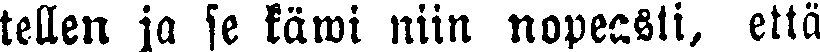
tellen ja se käwi niin nopeasti, että